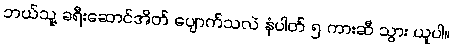
ဘယ်သူ့ ခရီးဆောင်အိတ် ပျောက်သလဲ နံပါတ် ၅ ကားဆီ သွား ယူပါ။